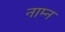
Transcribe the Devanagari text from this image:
नाम्न